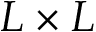
L \times L